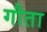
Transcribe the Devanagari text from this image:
गौता